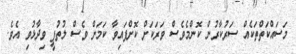
މަސައްކަތްތަކެއް ސަރުކާރުން ކޮންމެވެސް ވަރަކަށް ކޮށްފައިވާ ކަމަށް ވެސް ލުތުފީ ވިދާޅުވި އެވެ.